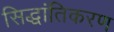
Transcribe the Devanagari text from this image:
सिद्धांतिकरण